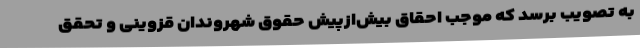
به تصویب برسد که موجب احقاق بیش‌ازپیش حقوق شهروندان قزوینی و تحقق